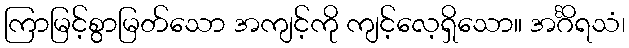
ကြာမြင့်စွာမြတ်သော အကျင့်ကို ကျင့်လေ့ရှိသော။ အင်္ဂိရသံ၊